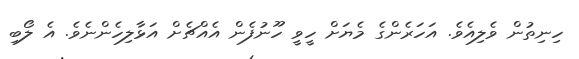
ހިނިތުން ވެލިއެވެ. އަހަރެންގެ މެޔަށް ހީވީ ހޫނުފެން އެއްޗެށް އަޅާލިހެންނެވެ. އެ ލޯބި